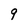
Character: 9